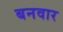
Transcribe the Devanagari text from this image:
बनवार